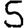
Digit: 5